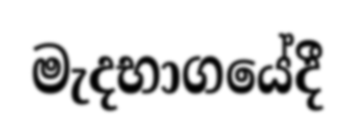
මැදභාගයේදී